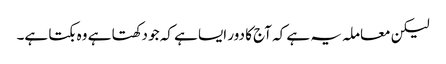
لیکن معاملہ یہ ہے کہ آج کا دور ایسا ہے کہ جو دکھتا ہے وہ بکتا ہے۔